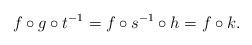
LaTeX: \begin{align*}f \circ g \circ t^{-1} = f \circ s^{-1} \circ h = f \circ k.\end{align*}